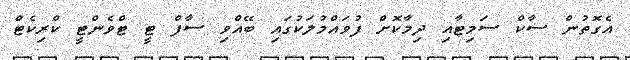
އެގޮތުން ސާކް ސަމިޓާއި ދިމާކޮށް ފުވައްމުލަކުގައި ބޭއްވި ސާފް ޓީ ޓްވެންޓީ ކްރިކެޓް